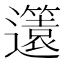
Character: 𨘻